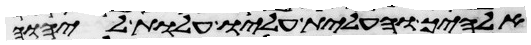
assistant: אלהיך והעלית עליו עלות ליהוה